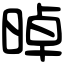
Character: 晫